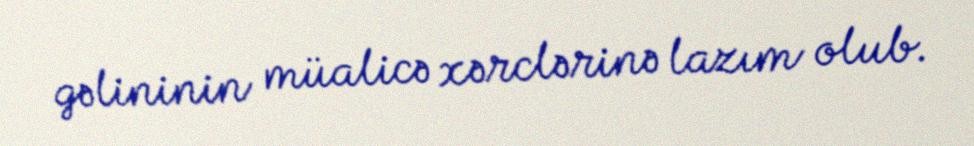
gəlininin müalicə xərclərinə lazım olub.